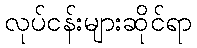
လုပ်ငန်းများဆိုင်ရာ